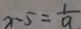
x - 5 = \frac { 1 } { 9 }